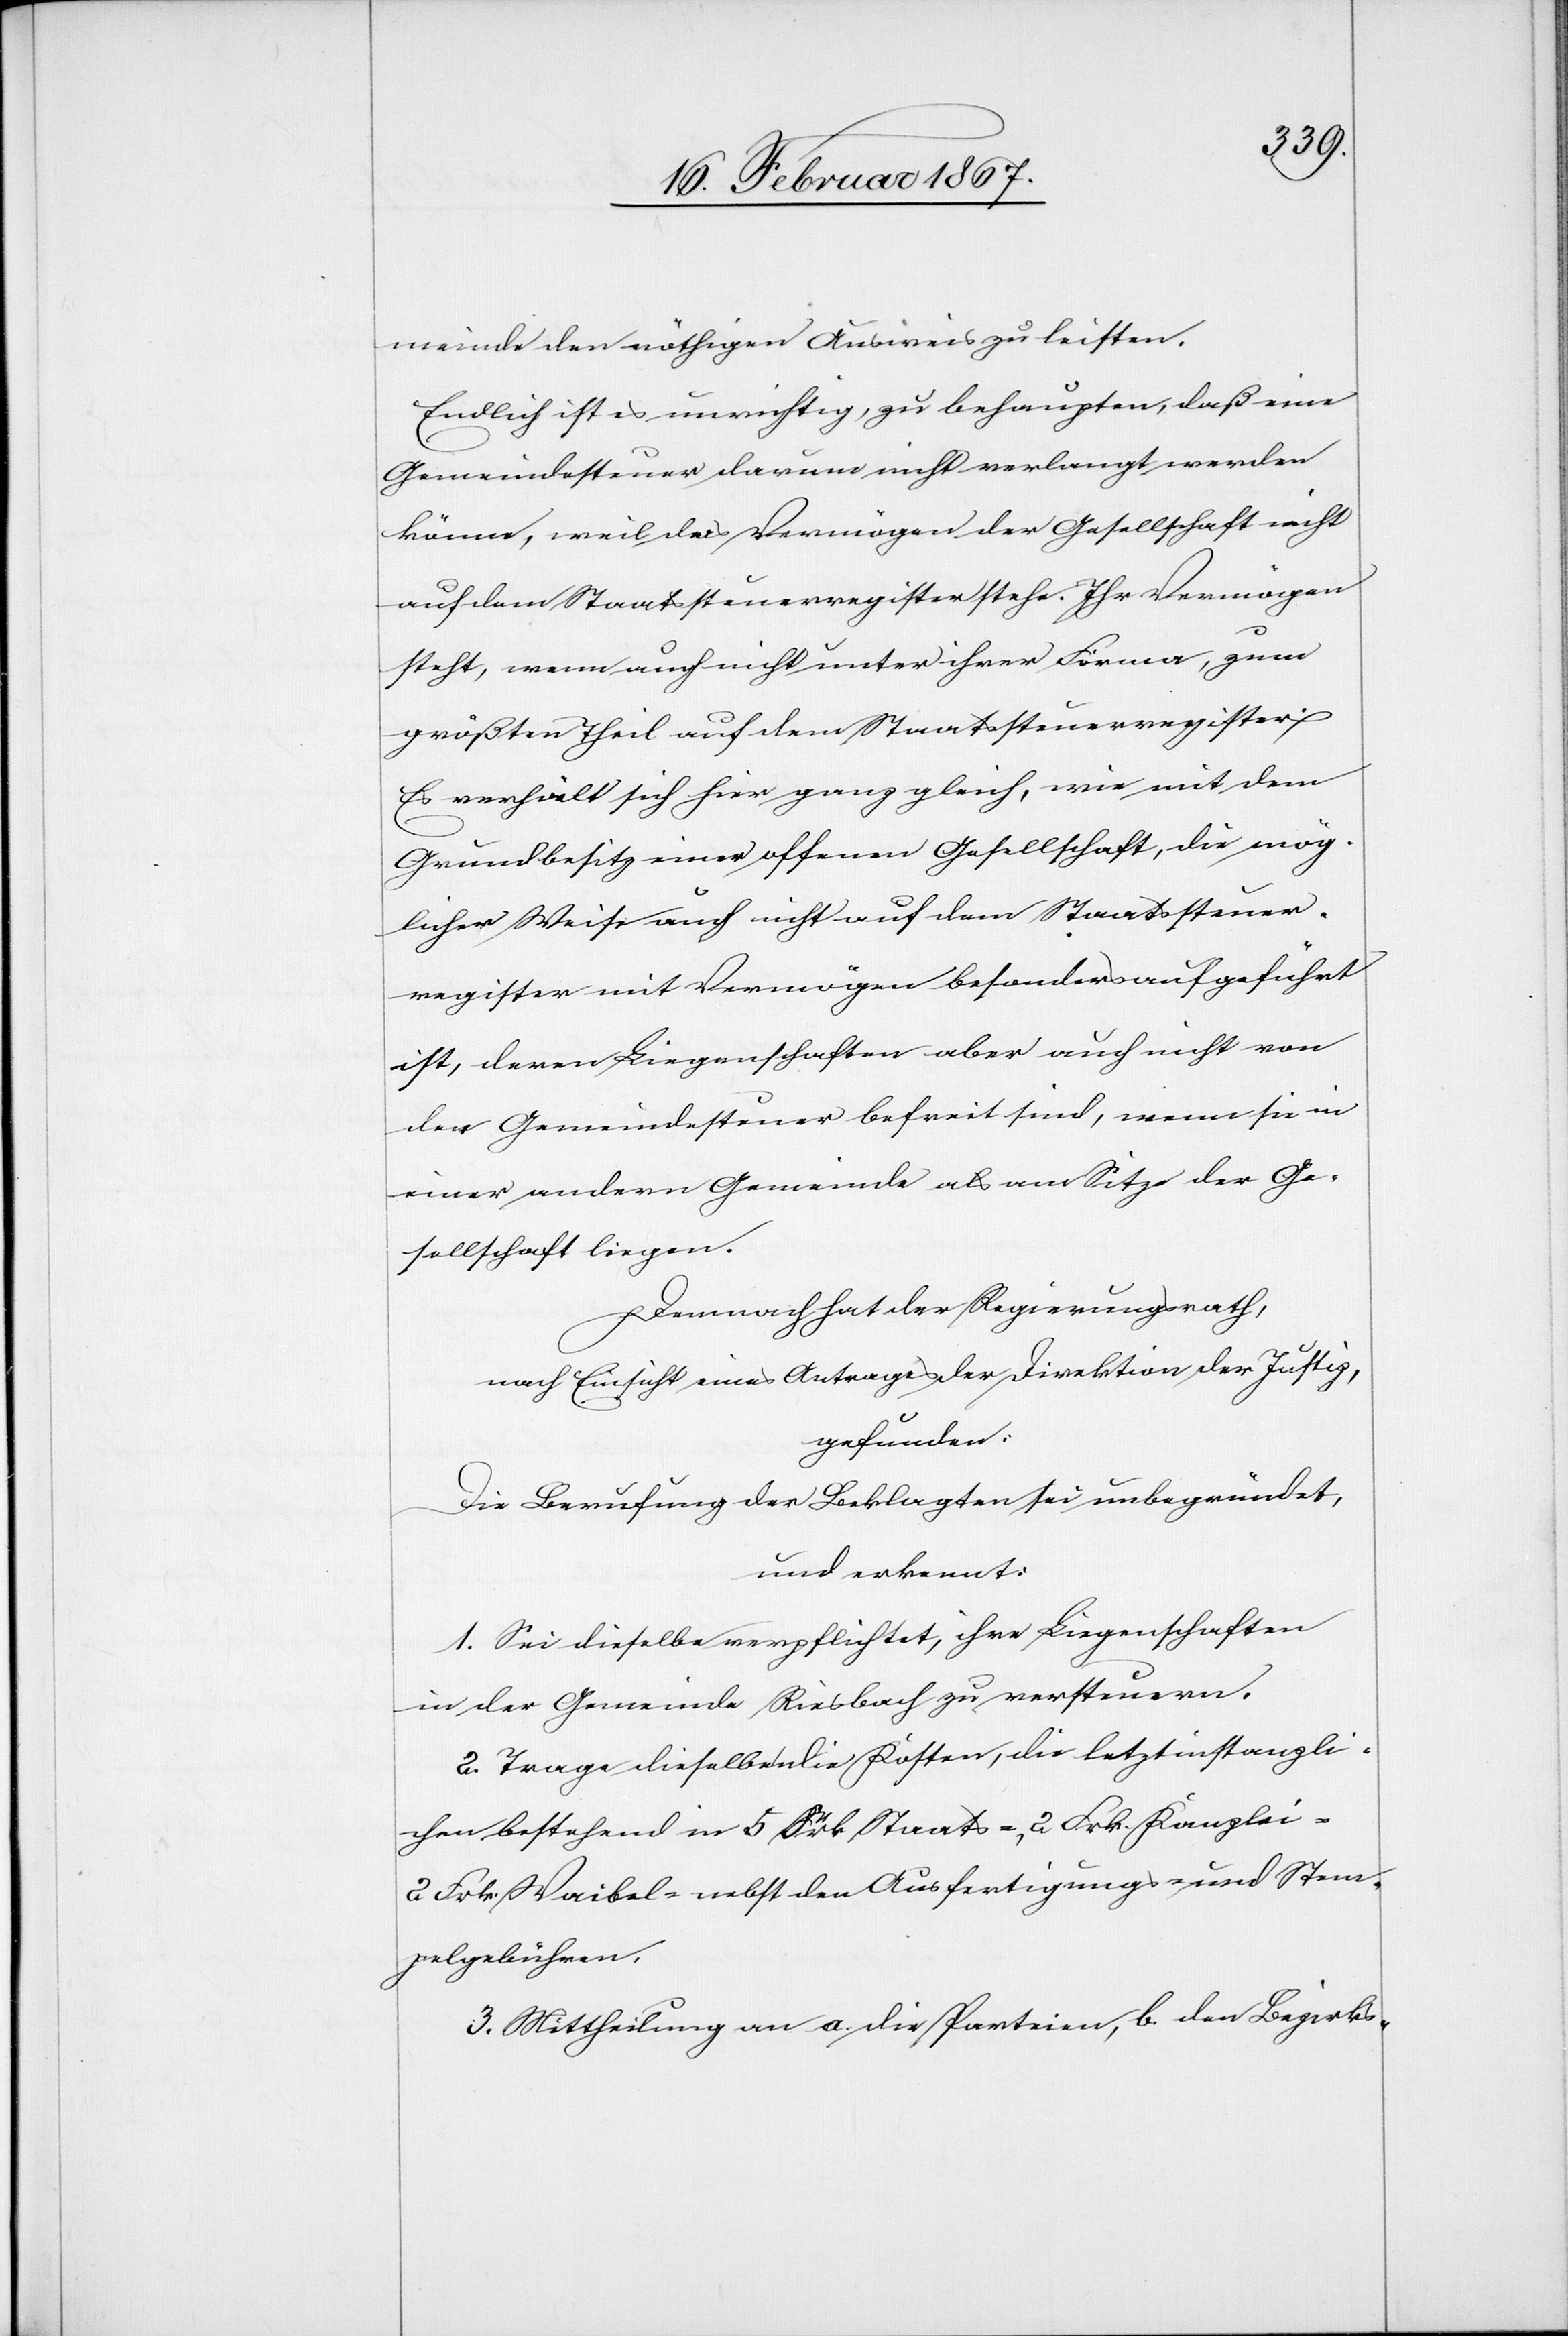
meinde den nöthigen Ausweis zu leisten.
Endlich ist es unrichtig, zu behaupten, daß eine
Gemeindesteuer darum nicht verlangt werden
könne, weil das Vermögen der Gesellschaft nicht
auf dem Staatssteuerregister stehe. Ihr Vermögen
steht, wenn auch nicht unter ihrer Firma, zum
größten Theil auf dem Staatssteuerregister.
Es verhält sich hier ganz gleich, wie mit dem
Grundbesitz einer offenen Gesellschaft, die mög¬
licher Weise auch nicht auf dem Staatssteuer¬
register mit Vermögen besonders aufgeführt
ist, deren Liegenschaften aber auch nicht von
der Gemeindesteuer befreit sind, wenn sie in
einer andern Gemeinde als am Sitze der Ge¬
sellschaft liegen.
Demnach hat der Regierungsrath,
nach Einsicht eines Antrages der Direktion der Justiz,
gefunden:
Die Berufung der Beklagten sei unbegründet,
und erkennt:
1. Sei dieselbe verpflichtet, ihre Liegenschaften
in der Gemeinde Riesbach zu versteuern.
2. Trage dieselbe die Kosten, die letztinstanzli¬
chen bestehend in 5 Frk. Staats-, 2 Frk. Kanzlei-[,]
2 Frk. Waibel- nebst den Ausfertigungs- und Stem¬
pelgebühren.
3. Mittheilung an a. die Parteien, b. den Bezirks-